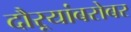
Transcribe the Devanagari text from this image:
दौऱ्यांबरोबर